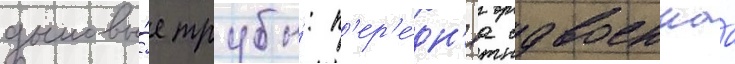
дымовы́е трубы́: п'ер'е́дн'яа сдвоеннаа